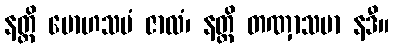
နတ္ထိ မောဟသမံ ဇာလံ၊ နတ္ထိ တဏှာသမာ နဒီ။